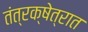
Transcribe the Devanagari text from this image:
तंत्रक्षेत्रात